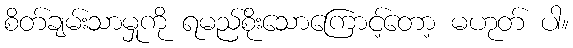
စိတ်ချမ်းသာမှုကို ရမည်စိုးသောကြောင့်တော့ မဟုတ် ပါ။